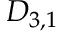
D _ { 3 , 1 }